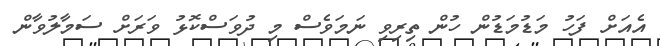
އެއަށް ފަހު މަޑުމަޑުން ހުން ތިރިވި ނަމަވެސް މި ދުވަސްކޮޅު ވަރަށް ސަމާލުވާން